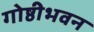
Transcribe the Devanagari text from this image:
गोष्ठीभवन